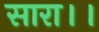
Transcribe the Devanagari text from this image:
सारा।।